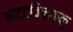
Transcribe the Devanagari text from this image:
आट्टविळक्कु